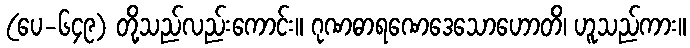
(ပေ-၆၄၉) တို့သည်လည်းကောင်း။ ဂုဏဓာရဏေဒေသောဟောတိ၊ ဟူသည်ကား။